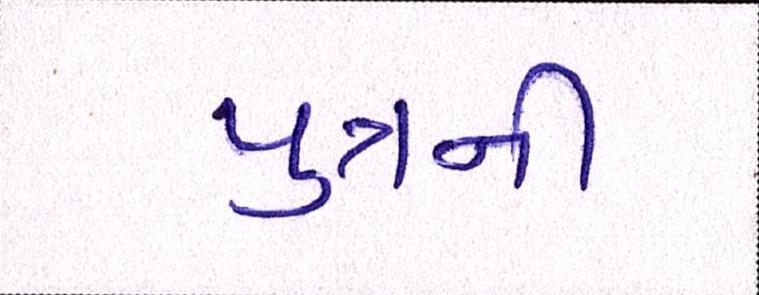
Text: પુત્રની